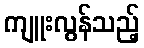
ကျူးလွန်သည့်